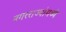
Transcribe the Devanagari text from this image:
नगरराज्यांमध्ये